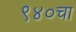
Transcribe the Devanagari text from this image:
९४०चा